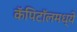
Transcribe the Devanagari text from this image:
कॅपिटॉलमध्ये